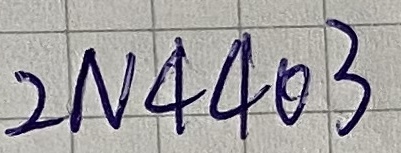
Text: 2N4403